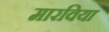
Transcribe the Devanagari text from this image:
मारविया